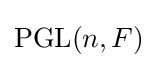
\operatorname {PGL} (n,F)